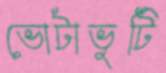
ভোটাভুটি